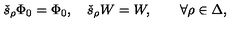
\check { s } _ { \rho } \Phi _ { 0 } = \Phi _ { 0 } , \quad \check { s } _ { \rho } W = W , \qquad \forall \rho \in \Delta ,